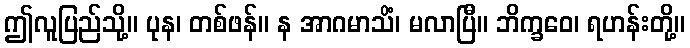
ဤလူပြည်သို့။ ပုန၊ တစ်ဖန်။ န အာဂမာသိံ၊ မလာပြီ။ ဘိက္ခဝေ၊ ရဟန်းတို့။